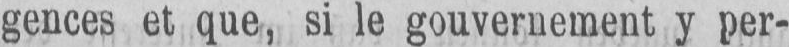
gences et que, si le gouvernement y per-